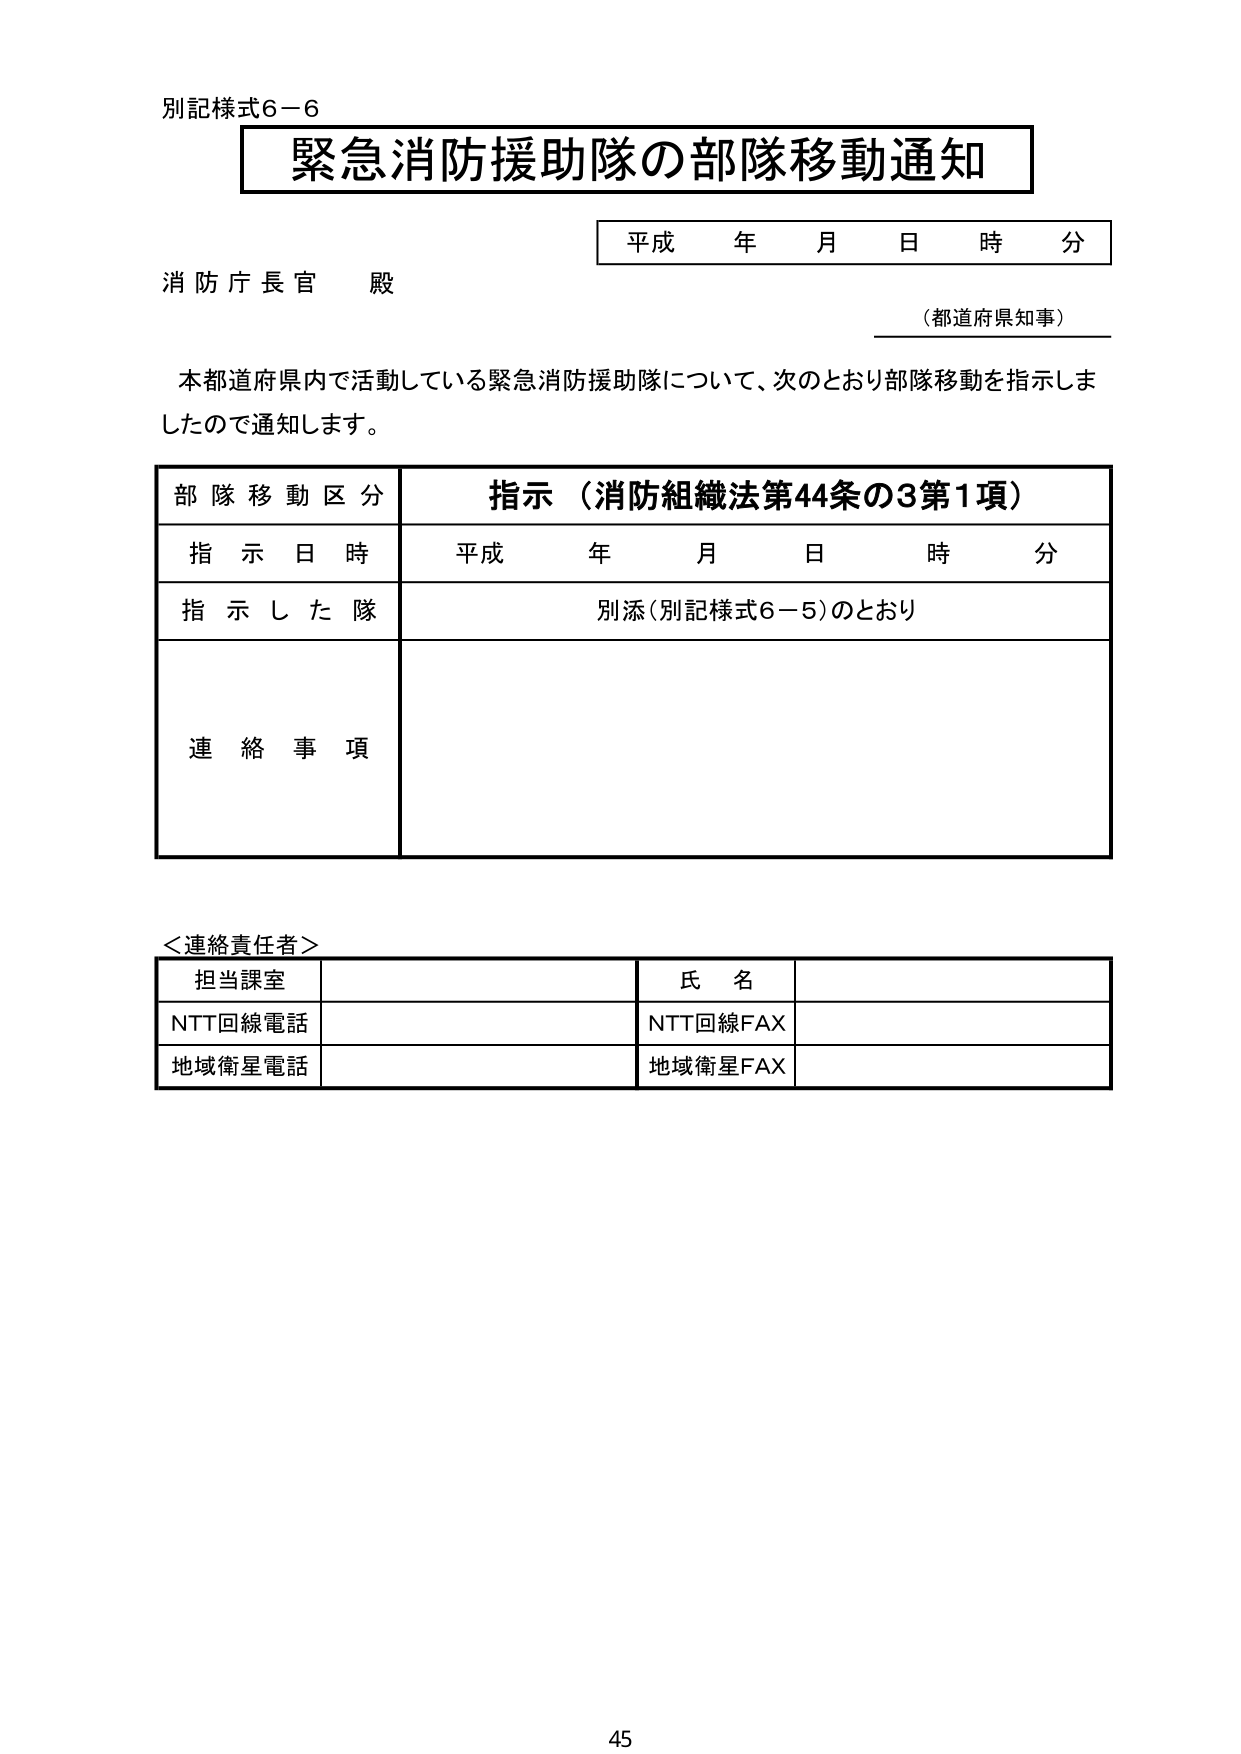
別記様式6－6
緊急消防援助隊の部隊移動通知
平成 年 月 日 時 分
消防庁長官 殿
（都道府県知事）
本都道府県内で活動している緊急消防援助隊について、次のとおり部隊移動を指示しましたので通知します。
部隊移動区分 指示（消防組織法第44条の3第1項）
指示日時 平成 年 月 日 時 分
指示した隊 別添（別記様式6－5）のとおり
連絡事項
＜連絡責任者＞
担当課室 氏名
NTT回線電話 NTT回線FAX
地域衛星電話 地域衛星FAX
45